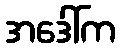
အဒေါ်က